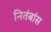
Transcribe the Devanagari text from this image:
नितंबांस